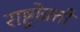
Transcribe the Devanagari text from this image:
राष्ट्रोन्नत्ती